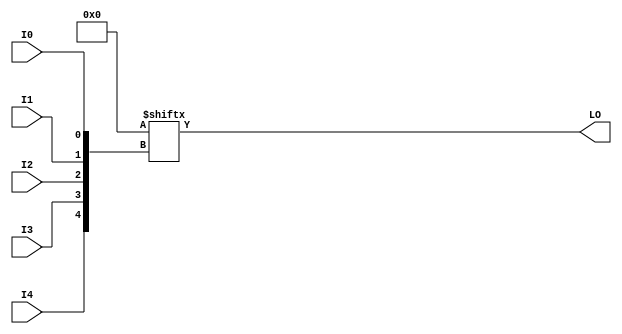
`ifdef verilator3
`else
`timescale 1 ps / 1 ps
`endif
//
// LUT5_L primitive for Xilinx FPGAs
// Compatible with Verilator tool (www.veripool.org)
// Copyright (c) 2019-2022 Frdric REQUIN
// License : BSD
//

module LUT5_L
#(
    parameter [31:0] INIT = 32'h00000000
)
(
    input  wire I0, I1, I2, I3, I4,
    output wire LO
);
    wire [4:0] _w_idx = { I4, I3, I2, I1, I0 };
    
    assign LO = INIT[_w_idx];

endmodule